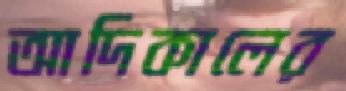
আদিকালের